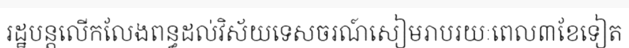
រដ្ឋបន្តលើកលែងពន្ធដល់វិស័យទេសចរណ៍សៀមរាបរយៈពេល៣ខែទៀត